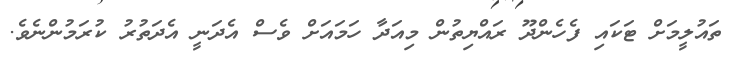
ތައުލީމަށް ޓަކައި ފެހެންދޫ ރައްޔިތުން މިއަދާ ހަމައަށް ވެސް އެދަނީ އެދަތުރު ކުރަމުންނެވެ.